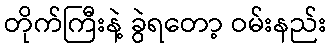
တိုက်ကြီးနဲ့ ခွဲရတော့ ဝမ်းနည်း